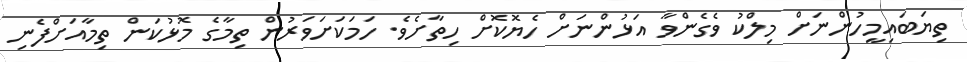
ތިޔަބައިމީހުންނަށް މިލްކު ވެގެންވާ އަޅުންނަށް ހެޔޮކޮށް ހިތާށެވެ. ހަމަކަށަވަރުން ތިމާގެ މޮޅުކަން ތިމާއަށްފެނި